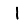
Digit: 1